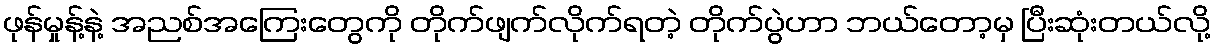
ဖုန်မှုန့်နဲ့ အညစ်အကြေးတွေကို တိုက်ဖျက်လိုက်ရတဲ့ တိုက်ပွဲဟာ ဘယ်တော့မှ ပြီးဆုံးတယ်လို့